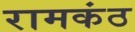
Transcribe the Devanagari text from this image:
रामकंठ